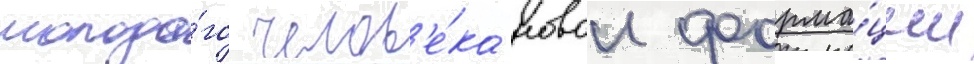
молодо́го челов'е́ка новои форма́ции